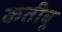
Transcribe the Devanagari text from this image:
कतीबू